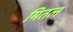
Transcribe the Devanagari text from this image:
मितल